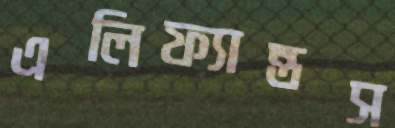
এলিফ্যান্তস